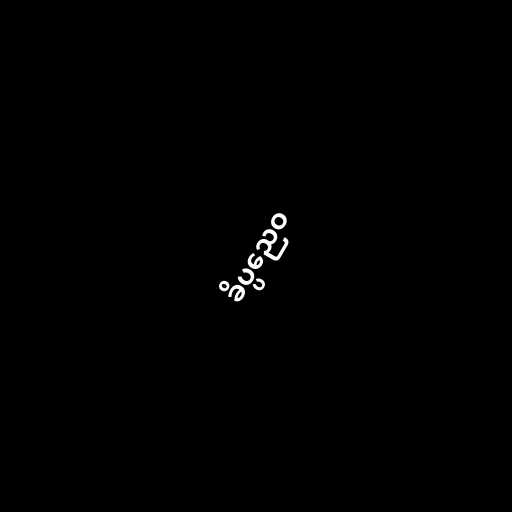
ခိပ္ပညေဝ